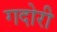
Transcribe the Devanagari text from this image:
गदोरी